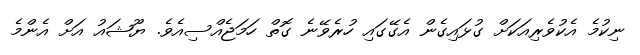
ނިކުމެ އެކުވެރިއަކަށް ގުޅައިގެން އެގޭގައި ހުރެވޭނެ ގޮތް ހަމަޖެއްސިއެވެ. ޔޫޝައު އަށް އެންމެ